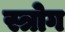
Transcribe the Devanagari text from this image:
स्त्रोग